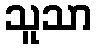
သူသာ